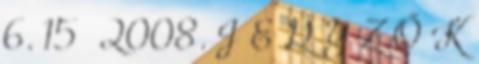
6. 15 2008. J E G Y Z Ő K